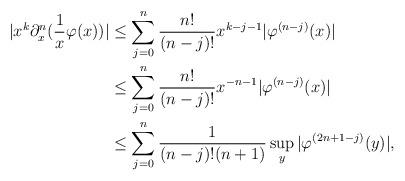
LaTeX: \begin{align*}|x^k\partial^n_x(\frac{1}{x}\varphi(x))| &\le \sum_{j=0}^n\frac{n!}{(n-j)!} x^{k-j-1}|\varphi^{(n-j)}(x)|\\&\le \sum_{j=0}^n\frac{n!}{(n-j)!}x^{-n-1}|\varphi^{(n-j)}(x)|\\&\le \sum_{j=0}^n\frac{1}{(n-j)!(n+1)}\sup_y|\varphi^{(2n+1-j)}(y)|,\end{align*}